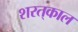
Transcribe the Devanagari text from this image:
शरत्‌काल